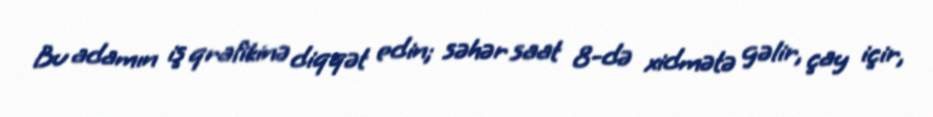
Bu adamın iş qrafikinə diqqət edin; səhər saat 8-də xidmətə gəlir, çay içir,